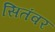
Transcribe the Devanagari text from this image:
सितंवर